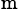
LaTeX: _\textrm{m}